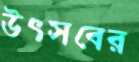
উৎসবের